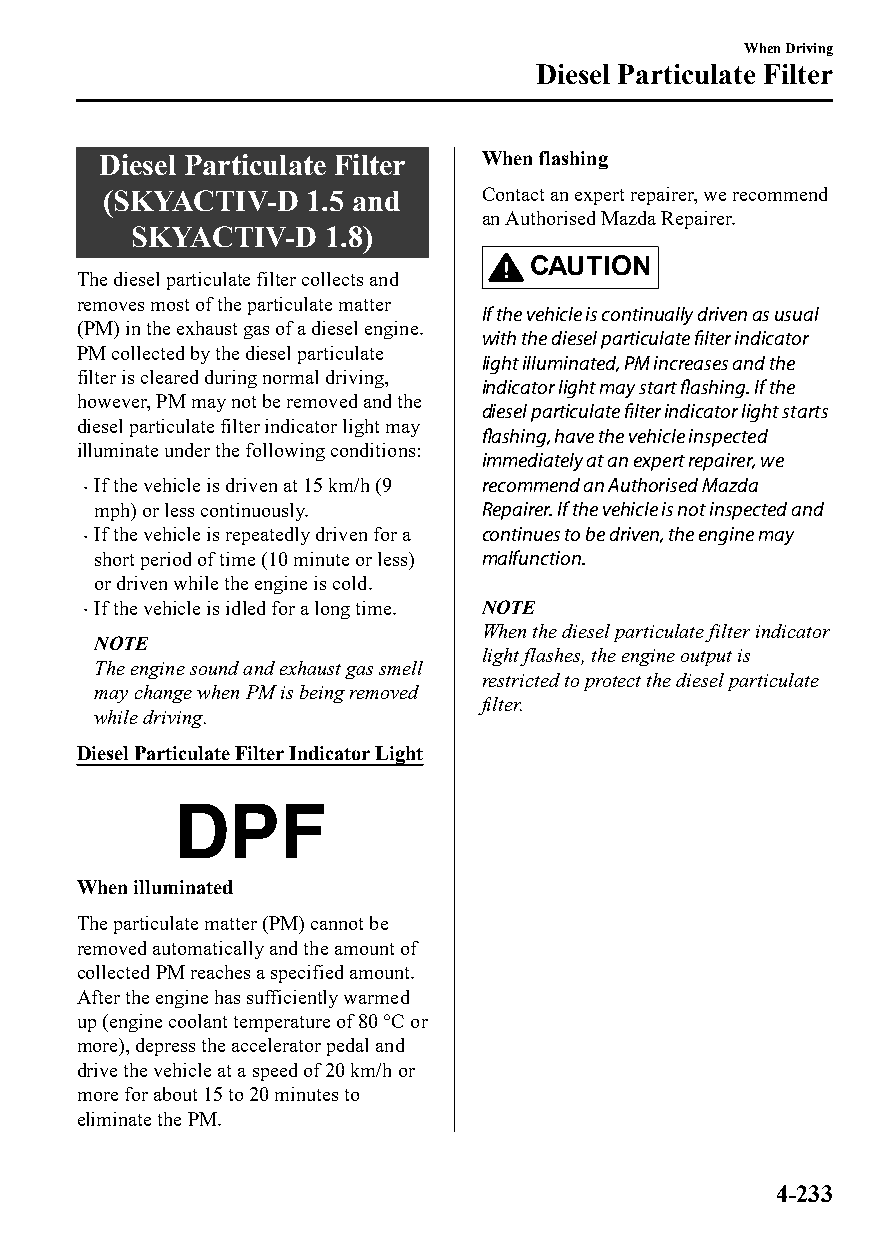
When Driving
 Diesel Particulate Filter
 Diesel Particulate Filter When flashing
 (SKYACTIV-D  1.5 and     Contact an expert repairer, we recommend
 an Authorised Mazda Repairer.
 SKYACTIV-D   1.8)
 CAUTION
 The diesel particulate filter collects and
 removes most of the particulate matter
 If the vehicle is continually driven as usual
 (PM) in the exhaust gas of a diesel engine.
 with the diesel particulate filter indicator
 PM collected by the diesel particulate
 light illuminated, PM increases and the
 filter is cleared during normal driving,
 indicator light may start flashing. If the
 however, PM may not be removed and the
 diesel particulate filter indicator light starts
 diesel particulate filter indicator light may
 flashing, have the vehicle inspected
 illuminate under the following conditions:
 immediately at an expert repairer, we
 If the vehicle is driven at 15 km/h (9 recommend an Authorised Mazda
 
 mph) or less continuously. Repairer. If the vehicle is not inspected and
 If the vehicle is repeatedly driven for a continues to be driven, the engine may
 
 short period of time (10 minute or less) malfunction.
 or driven while the engine is cold.
 If the vehicle is idled for a long time. NOTE
 
 When the diesel particulate filter indicator
 NOTE
 light flashes, the engine output is
 The engine sound and exhaust gas smell
 restricted to protect the diesel particulate
 may change when PM is being removed
 filter.
 while driving.
 Diesel Particulate Filter Indicator Light
 When illuminated
 The particulate matter (PM) cannot be
 removed automatically and the amount of
 collected PM reaches a specified amount.
 After the engine has sufficiently warmed
 up (engine coolant temperature of 80 °C or
 more), depress the accelerator pedal and
 drive the vehicle at a speed of 20 km/h or
 more for about 15 to 20 minutes to
 eliminate the PM.
 4-233
 CX-3_8GT4-EE-18D_Edition4                  2018-9-6 18:32:19